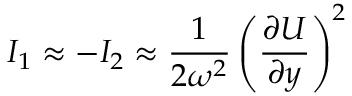
I _ { 1 } \approx - I _ { 2 } \approx \displaystyle \frac { 1 } { 2 \omega ^ { 2 } } \left( \frac { \partial U } { \partial y } \right) ^ { 2 }